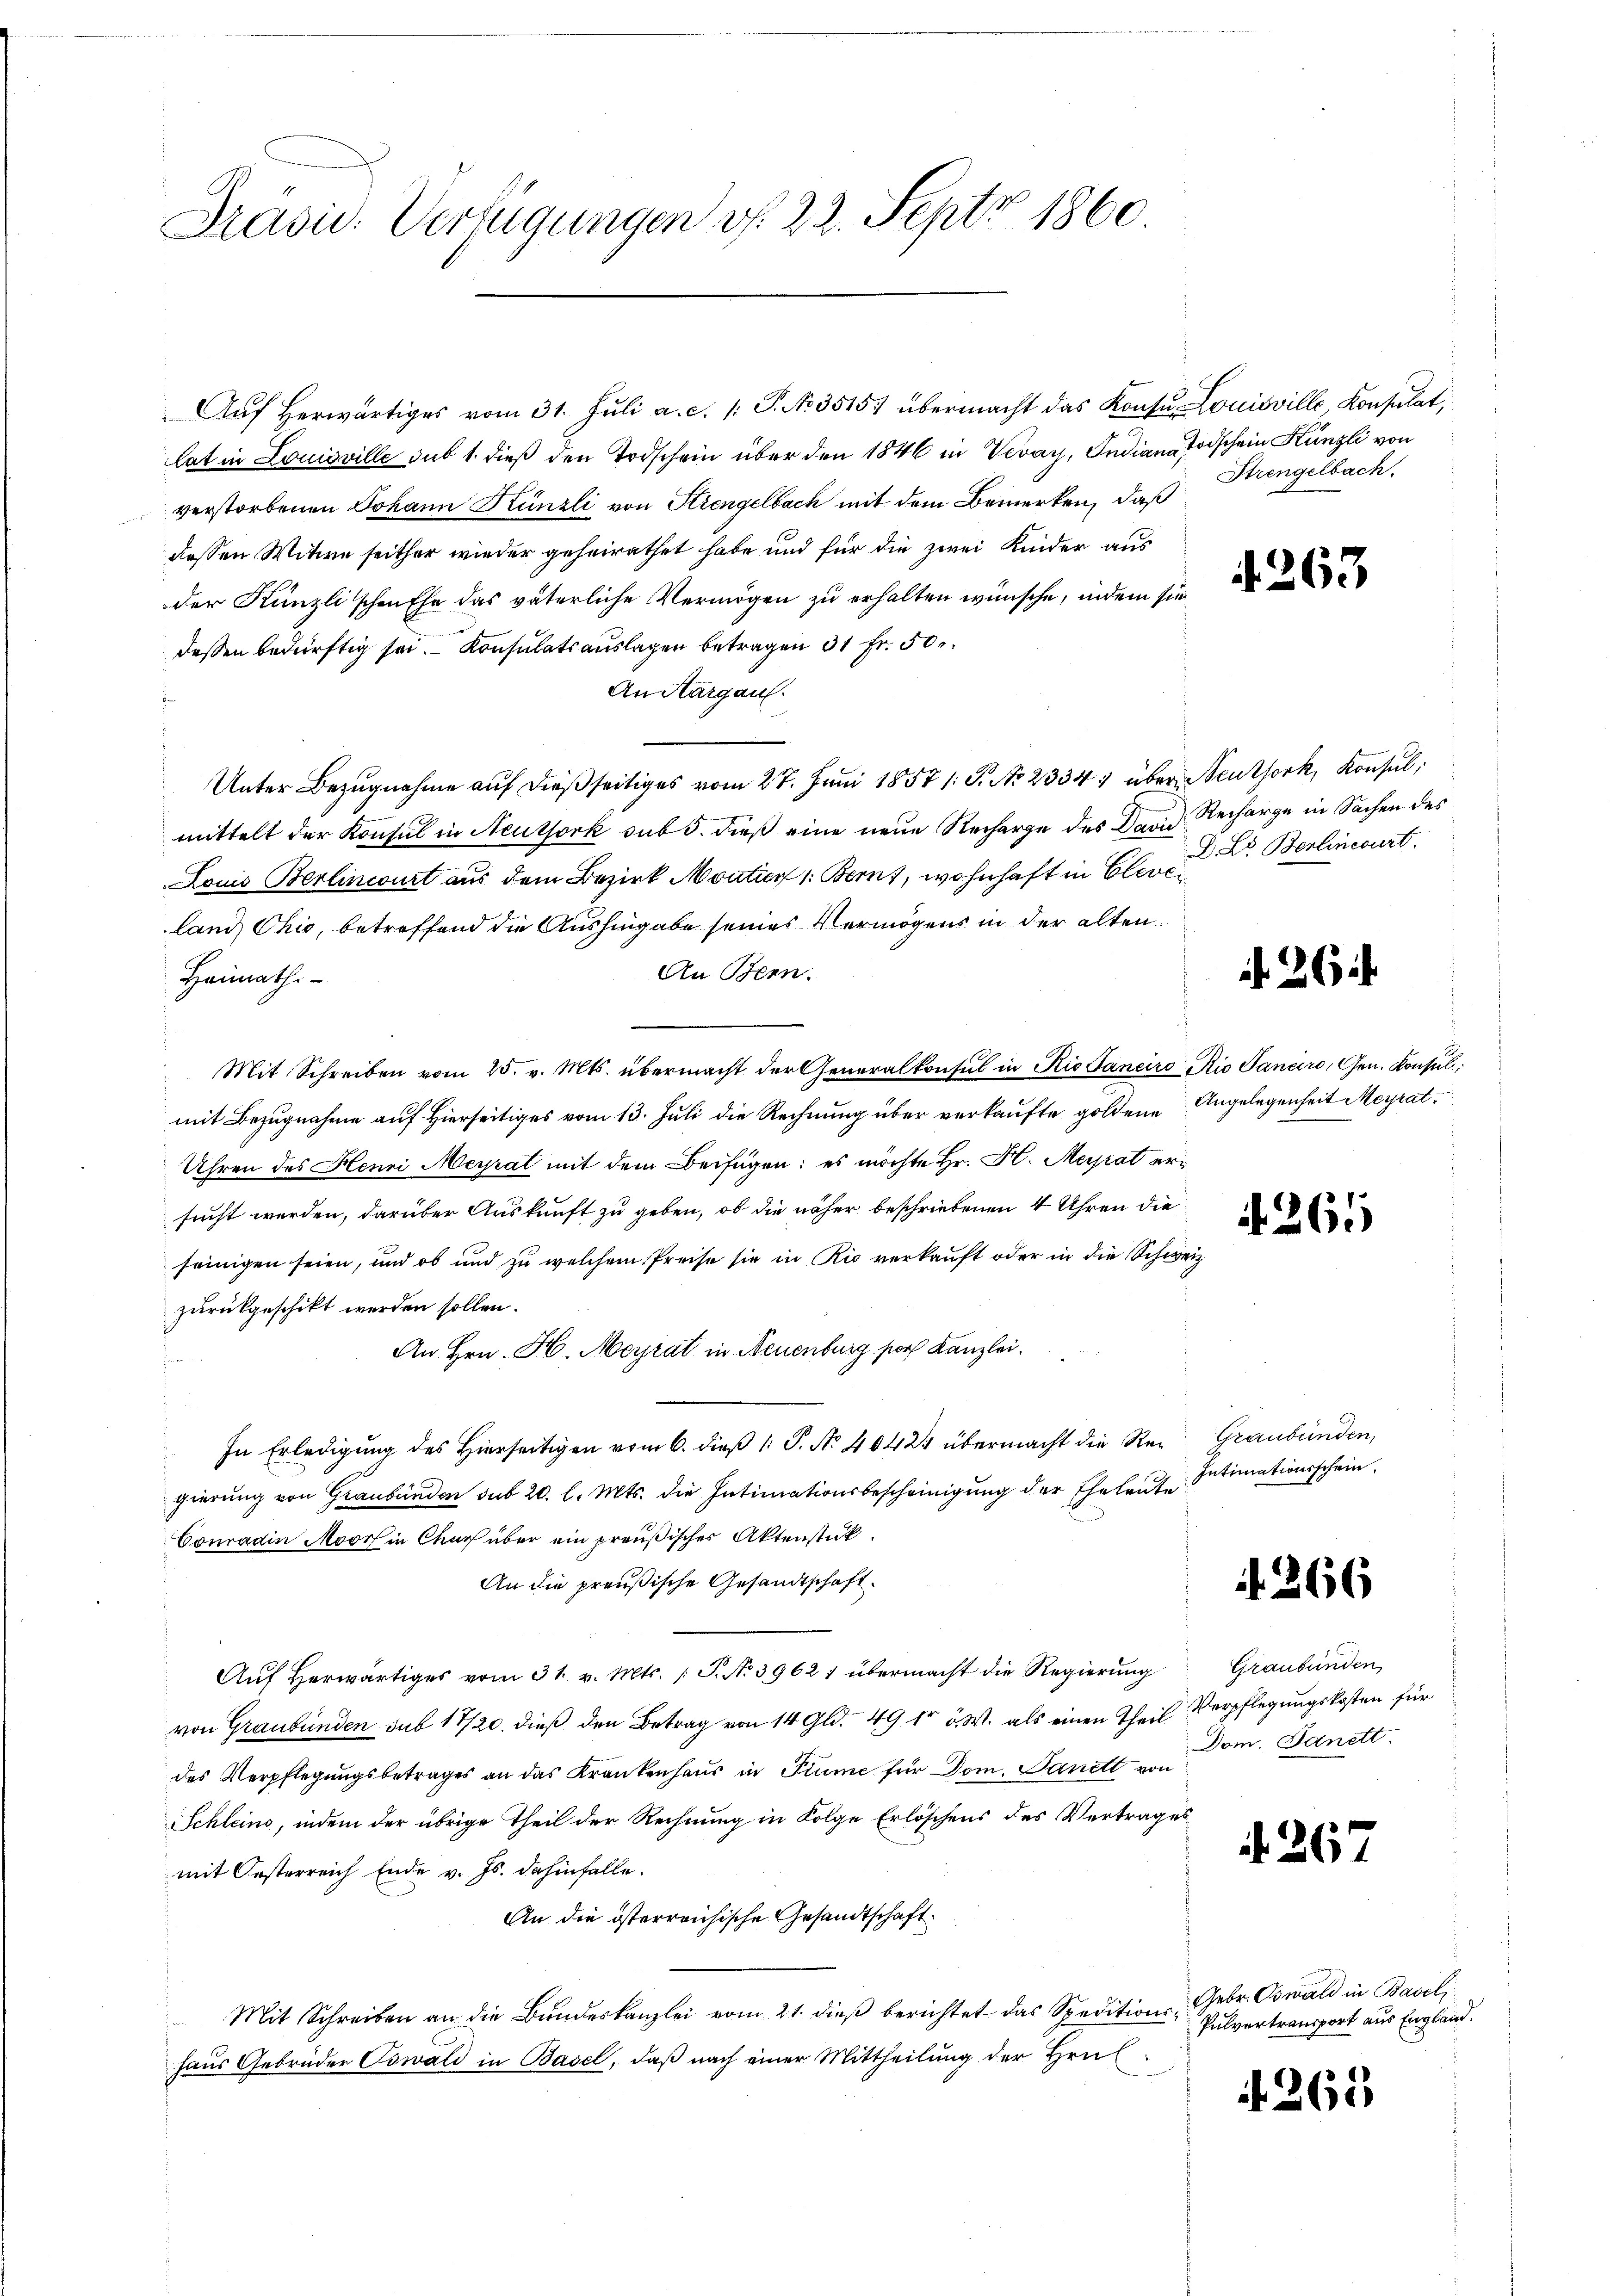
Präsid. Verfügungen v. 22. Sept 1860

Aŭf herwärtiges vom 31. Jŭli a. c. /: P. Nr. 3515) übermacht das Konsŭ Louisville Konsulat,
lat in Louisville sub 1. dieß den Todschein über den 1846 in Veray, Indian Todschein Künzli von
verstorbenen Johann Künzli von Kiengelbach mit dem Bemerken, daß
dessen Witwe seither wieder geheirathet habe und für die zwei Kinder aus
der Künzlischen Ehe das väterliche Vermögen zu erhalten wünsche, indem sie
dessen bedürftig sei. Konsulatsaŭslagen betragen 31 Fr. 50
An Aargau.
Unter Bezugnahme auf dießseitiges vom 27. Juni 1857 /: P. No 2334. über Neuthork, Konsul,
mittelt der Konsul in Neuthork sub 5. dieß eine neue Recharge des Band Recharge in Sachen des
Louis Berlincourt aus dem Bezirk Moutier 1. Bern, wohnhaft in Cleveland Ohio, betreffend die Aushingabe seines Vermögens in der alten
An Bern.
Heimath.
Mit Schreiben vom 25. v. Mts. übermacht der Generalkonsul in Rio Saneiro Rio Sanaro, Gen. Konsul,
mit Bezugnahme auf Hierseitiges vom 13. Juli die Rechnung über verkaufte goldene Angelegenheit Meyrat
Uhren des Henri Meyrat mit dem Beifügen: es möchte Hr. H. Merat ersruft werden, darüber Auskunft zu geben, ob die näher beschriebenen 4 Uhren die
seinigen seien, und ob und zu welchem Preise sie in Rio verkauft oder in die Schweiz
zurückgeschikt werden sollen.
An Hrn. H. Meyrat in Neuenburg soch Kanzlei.
 a
In Erledigŭng des hierseitigen vom 6. dieβ 1. P. Nr. 40424 übermacht die Re- Graubünden,
gierung von Graubünden sub 20. l. Mts. die Intimationsbescheinigung der Eheleute
Conradin Moors in Churf über ein preußisches Aktenstück.
An die preußische Gesandtschaft.
Auf herwärtiges vom 31. v. Mts. (T. No 3962 1 übermacht die Regierung
von Graubünden sub 17/20. dieß den Betrag von 14 Gld. 49 t v. W. als einen Theil Verpflegungskosten für
des Verpflegungsbetrages an das Krankenhaus in Fiume für Dom. Danett von
Schleins, indem der übrige Theil der Rechnung in Folge Erlöschens des Vertrages
mit Oesterreich Ende v. Js. dahinfalle.
An die österreichische Gesandtschaft.
Mit Schreiben an die Bŭndeskanzlei vom 21. dieβ berichtet das Speditions-Gebr. Oswald in Baseli
haus Gebrüder Oswald in Basel, daß nach einer Mittheilung der Hrul¬

Strengelbach.

d. 263

D. Lt. Berlineburt

26

A. 265

Intimationsschein.

66

Graubünden,
Dom. Sanett.

d. 267

Pulvertransport aus England.

265